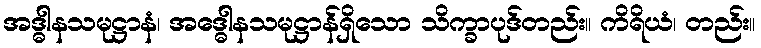
အဒ္ဓါနသမုဋ္ဌာနံ၊ အဒ္ဓေါနသမုဋ္ဌာန်ရှိသော သိက္ခာပုဒ်တည်း။ ကိရိယံ၊ တည်း။